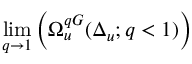
\operatorname* { l i m } _ { q \to 1 } \left( \Omega _ { u } ^ { q G } ( \Delta _ { u } ; q < 1 ) \right)